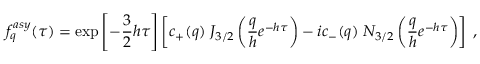
f _ { q } ^ { a s y } ( \tau ) = \exp \left[ - \frac { 3 } { 2 } h \tau \right] \left[ c _ { + } ( q ) \; J _ { 3 / 2 } \left( \frac { q } { h } e ^ { - h \tau } \right) - i c _ { - } ( q ) \; N _ { 3 / 2 } \left( \frac { q } { h } e ^ { - h \tau } \right) \right] \; ,